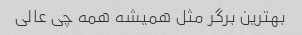
بهترین برگر مثل همیشه همه چی عالی